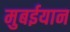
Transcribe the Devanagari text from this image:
मुबईयान